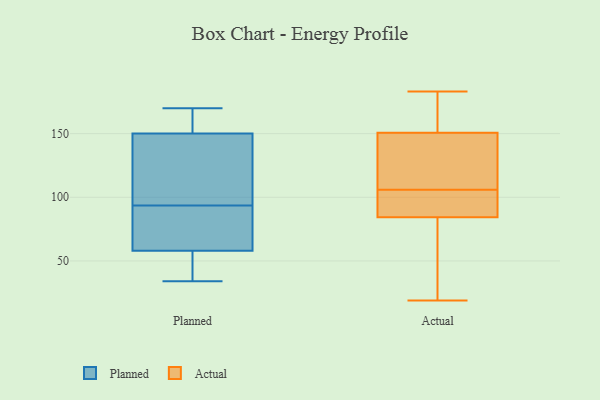
{"axis": {"x": "Website Visitors", "y": "Value"}, "legend": ["Actual", "Planned"], "data": [{"x": "", "y": 131, "type": "Planned"}, {"x": "", "y": 150, "type": "Planned"}, {"x": "", "y": 101, "type": "Planned"}, {"x": "", "y": 153, "type": "Planned"}, {"x": "", "y": 170, "type": "Planned"}, {"x": "", "y": 34, "type": "Planned"}, {"x": "", "y": 58, "type": "Planned"}, {"x": "", "y": 150, "type": "Planned"}, {"x": "", "y": 73, "type": "Planned"}, {"x": "", "y": 62, "type": "Planned"}, {"x": "", "y": 153, "type": "Planned"}, {"x": "", "y": 95, "type": "Planned"}, {"x": "", "y": 80, "type": "Planned"}, {"x": "", "y": 55, "type": "Planned"}, {"x": "", "y": 133, "type": "Planned"}, {"x": "", "y": 45, "type": "Planned"}, {"x": "", "y": 49, "type": "Planned"}, {"x": "", "y": 92, "type": "Planned"}, {"x": "", "y": 74, "type": "Actual"}, {"x": "", "y": 34, "type": "Actual"}, {"x": "", "y": 106, "type": "Actual"}, {"x": "", "y": 147, "type": "Actual"}, {"x": "", "y": 58, "type": "Actual"}, {"x": "", "y": 84, "type": "Actual"}, {"x": "", "y": 19, "type": "Actual"}, {"x": "", "y": 120, "type": "Actual"}, {"x": "", "y": 93, "type": "Actual"}, {"x": "", "y": 151, "type": "Actual"}, {"x": "", "y": 183, "type": "Actual"}, {"x": "", "y": 169, "type": "Actual"}, {"x": "", "y": 126, "type": "Actual"}, {"x": "", "y": 150, "type": "Actual"}, {"x": "", "y": 86, "type": "Actual"}, {"x": "", "y": 100, "type": "Actual"}, {"x": "", "y": 156, "type": "Actual"}, {"x": "", "y": 163, "type": "Actual"}, {"x": "", "y": 85, "type": "Actual"}]}